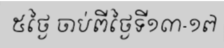
៥ថ្ងៃ ចាប់ពីថ្ងៃទី១៣-១៧